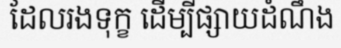
ដែលរងទុក្ខ ដើម្បីផ្សាយដំណឹង